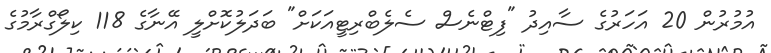
އުމުރުން 20 އަހަރުގެ ސާއިދު "ފިޓްނެސް ސެލެބްރިޓީއަކަށް" ބަދަލުކޮށްލީ އޭނާގެ 118 ކިލޯގްރާމުގެ